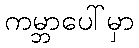
ကမ္ဘာပေါ်မှာ